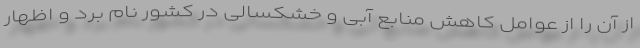
از آن را از عوامل کاهش منابع آبی و خشکسالی در کشور نام برد و اظهار